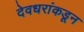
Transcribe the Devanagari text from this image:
देवधरांकडून